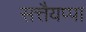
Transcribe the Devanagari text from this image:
सत्तैयप्पा